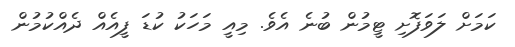
ކަމަށް ލަވަފޮށި ޓީމުން ބުނެ އެވެ. މިއީ މަހަކު ކުޑަ ފީއެއް ދެއްކުމުން